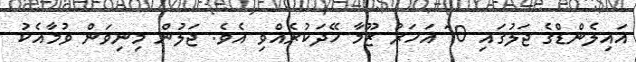
އައިލެންޑްގެ ޖަލުގައި 10 އަހަރު ޒޫމާ ހޭދަކުރެއްވި އެވެ. ޖަލުން މިނިވަން ވުމާއެކު